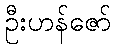
ဦးဟန်ဇော်